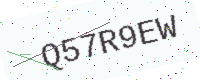
Text: Q57R9EW